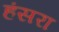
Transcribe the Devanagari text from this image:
हंसरा